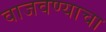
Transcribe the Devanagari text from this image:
वाजवण्याचा